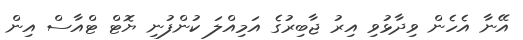
އޭނާ އެހެން ވިދާޅުވި އިރު ޖާބިރުގެ އަމިއްލަ ކުންފުނި ޔޮޓް ޓްއާސް އިން